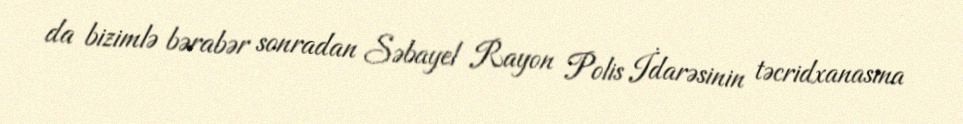
da bizimlə bərabər sonradan Səbayel Rayon Polis İdarəsinin təcridxanasına